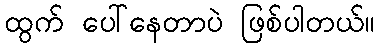
ထွက် ပေါ်နေတာပဲ ဖြစ်ပါတယ်။